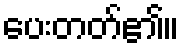
ပေးတတ်၏။